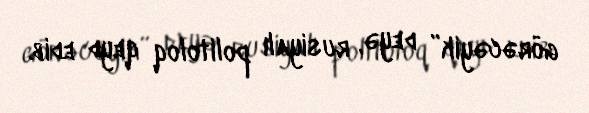
görəcəyik” deyə, rusiyalı politoloq qeyd edib.